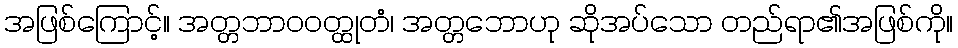
အဖြစ်ကြောင့်။ အတ္တဘာဝဝတ္ထုတံ၊ အတ္တဘောဟု ဆိုအပ်သော တည်ရာ၏အဖြစ်ကို။